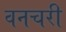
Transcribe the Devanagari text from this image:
वनचरी